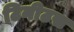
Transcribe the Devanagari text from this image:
टिनीटस